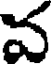
వ